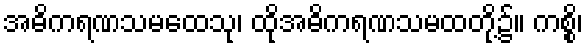
အဓိကရဏသမထေသု၊ ထိုအဓိကရဏသမထတို့၌။ ကစ္စိ၊